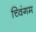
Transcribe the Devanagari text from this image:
च्विंगम